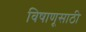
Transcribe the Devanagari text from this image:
विषाणूसाठी